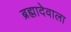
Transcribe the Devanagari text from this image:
ब्रह्मादेवाला